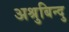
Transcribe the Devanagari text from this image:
अश्रुबिन्दु